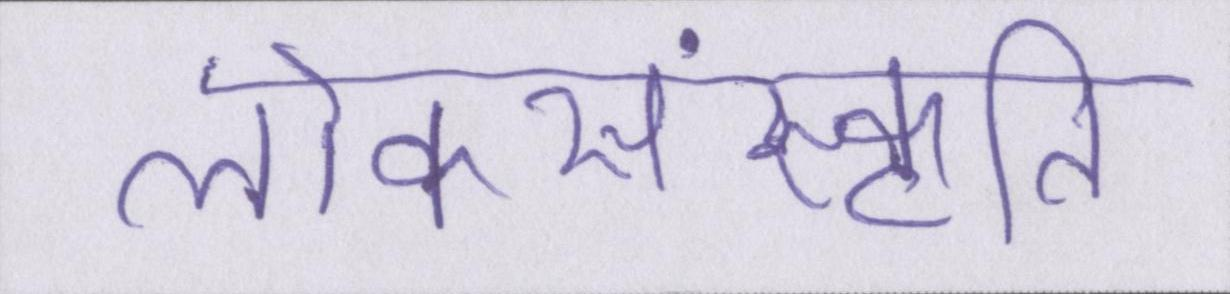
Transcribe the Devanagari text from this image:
लोकसंस्कृति